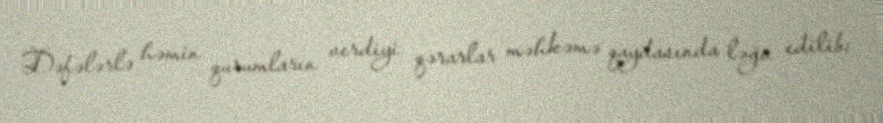
Dəfələrlə həmin qurumların verdiyi qərarlar məhkəmə qaydasında ləğv edilib: